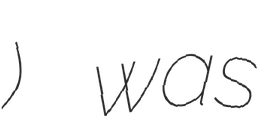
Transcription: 엽전들) was